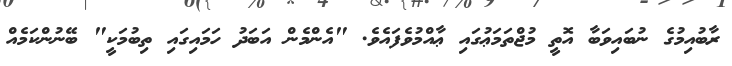
ރާބުއިމުގެ ނުބައިވަބާ އޮތީ މުޖްތަމަޢުގައި ޢާއްމުވެފައެވެ. "އެންމެން އަބަދު ހަމައިގައި ތިބުމަކީ" ބޭނުންކަމެއް